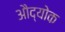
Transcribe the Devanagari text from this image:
औद्योक